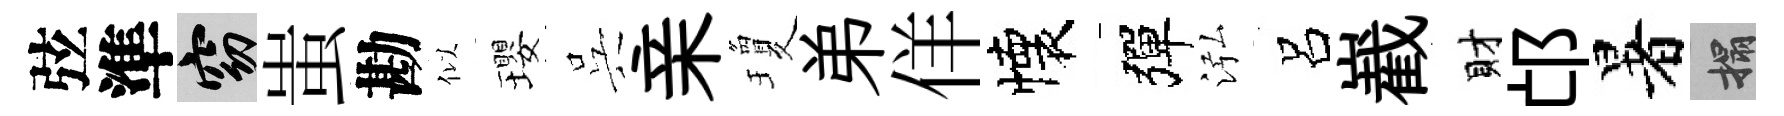
弦準窈蚩勘似瓔呉亲瓊弟佯懐彈泓呂嶻財邙暑搨